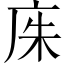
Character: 𫷨